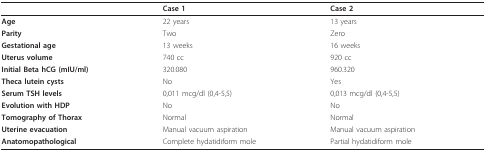
|  | Case 1 | Case 2 |
 | --- | --- | --- |
 | Age | 22 years | 13 years |
 | Parity | Two | Zero |
 | Gestational age | 13 weeks | 16 weeks |
 | Uterus volume | 740 cc | 920 cc |
 | Initial Beta hCG (mIU/ml) | 320.080 | 960.320 |
 | Theca lutein cysts | No | Yes |
 | Serum TSH levels | 0,011 mcg/dl (0,4-5,5) | 0,013 mcg/dl (0,4-5,5) |
 | Evolution with HDP | No | No |
 | Tomography of Thorax | Normal | Normal |
 | Uterine evacuation | Manual vacuum aspiration | Manual vacuum aspiration |
 | Anatomopathological | Complete hydatidiform mole | Partial hydatidiform mole |